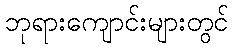
ဘုရားကျောင်းများတွင်